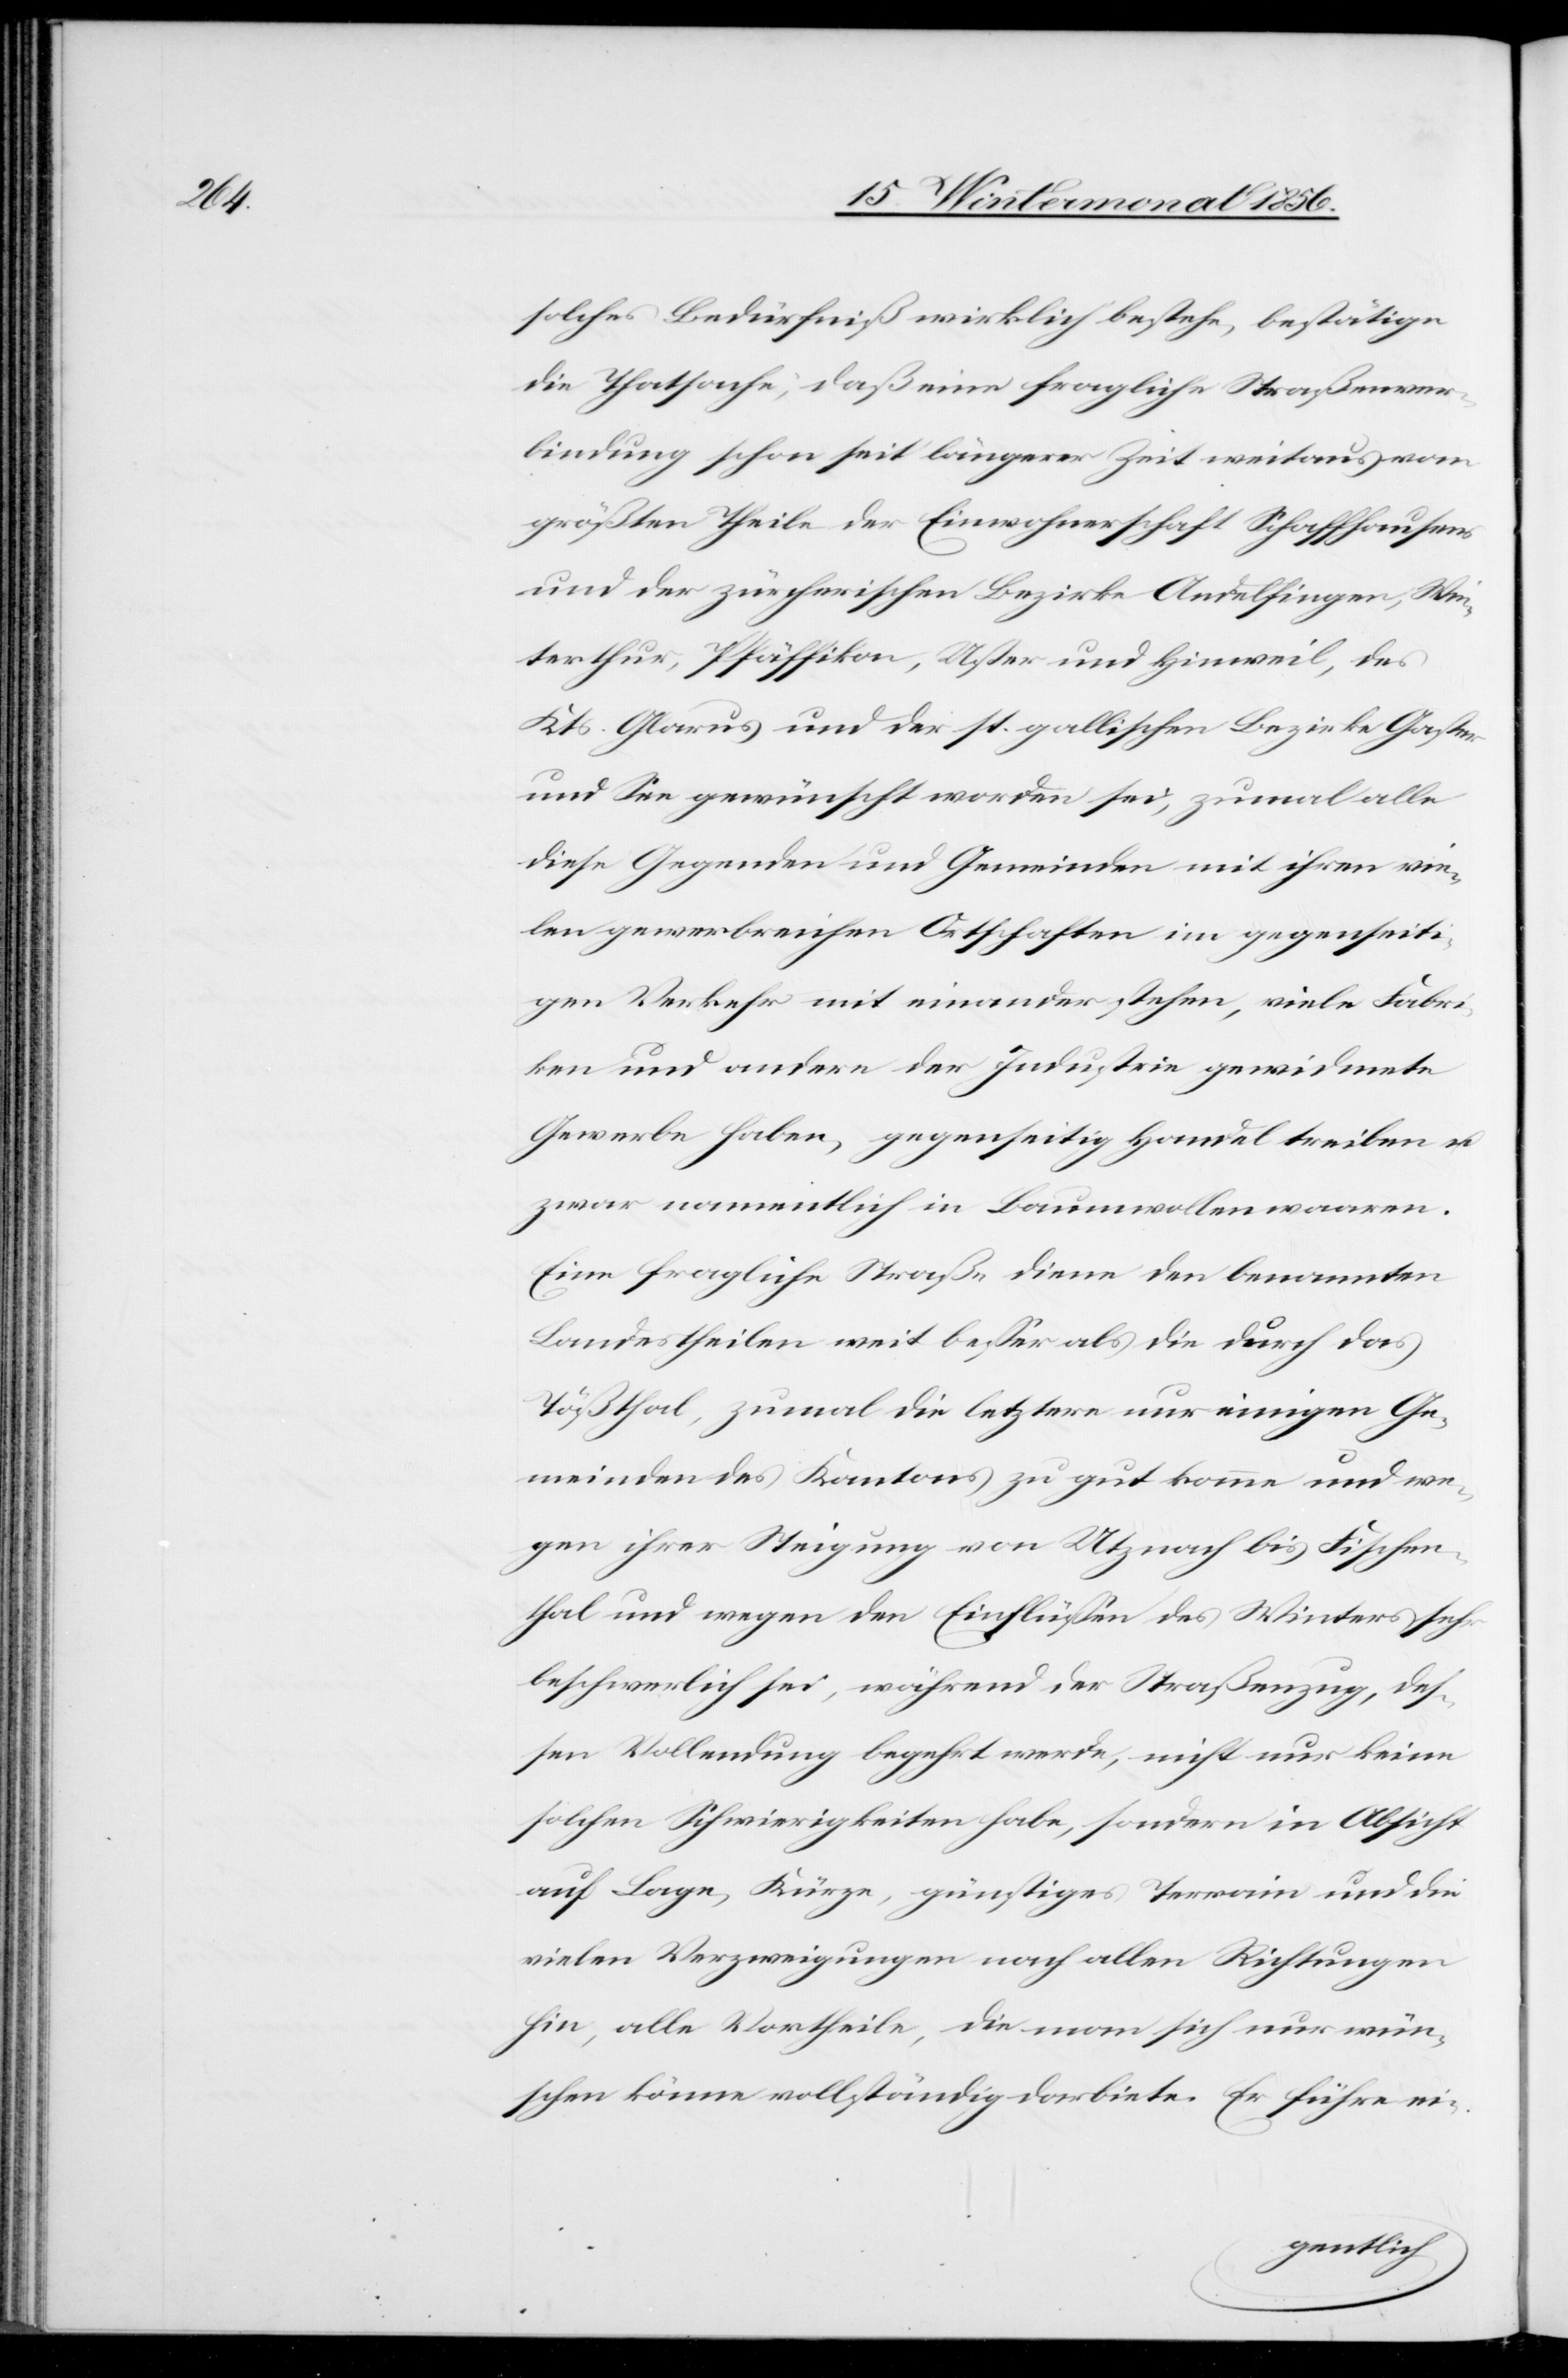
solches Bedürfniß wirklich bestehe, bestätige
die Thatsache, daß eine fragliche Straßenver¬
bindung schon seit längerer Zeit weitaus vom
größten Theile der Einwohnerschaft Schaffhausens
und der zürcherischen Bezirke Andelfingen, Win¬
terthur, Pfäffikon, Uster und Hinweil, des
Kts. Glarus und der st. gallischen Bezirke Gaster
und See gewünscht worden sei, zumal alle
diese Gegenden und Gemeinden mit ihren vie¬
len gewerbreichen Ortschaften im gegenseit¬
igen Verkehr mit einander stehen, viele Fabri¬
ken und andere der Industrie gewidmete
Gewerbe haben, gegenseitig Handel treiben u.
zwar namentlich in Baumwollenwaaren.
Eine fragliche Straße diene den benannten
Landestheilen weit besser als die durch das
Tößthal, zumal die letztere nur einigen Ge¬
meinden des Kantons zu gut komme und we¬
gen ihrer Steigung von Utznach bis Fischen¬
thal und wegen den Einflüssen des Winters sehr
beschwerlich sei, während der Straßenzug, des¬
sen Vollendung begehrt werde, nicht nur keine
solchen Schwierigkeiten habe, sondern in Absicht
auf Lage, Kürze, günstiges Terrain und die
vielen Verzweigungen nach allen Richtungen
hin, alle Vortheile, die man sich nur wün¬
schen könne vollständig darbiete. Er führe ei-